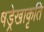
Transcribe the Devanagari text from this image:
षड्रेखाकृति